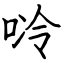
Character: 唥